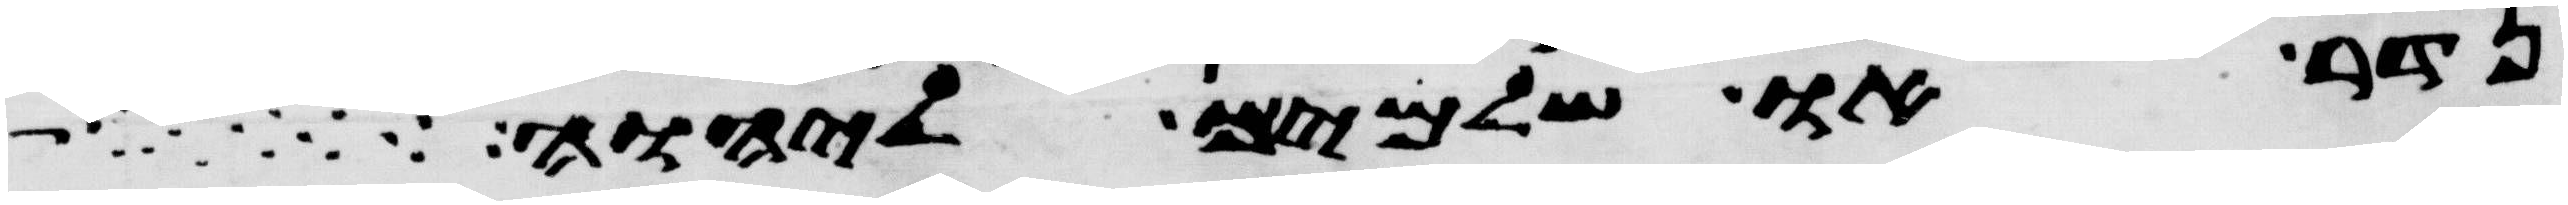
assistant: נדר או שלמים ליהוה